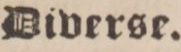
Diverse.